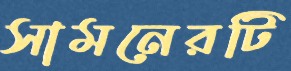
সামনেরটি